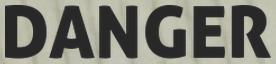
DANGER